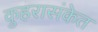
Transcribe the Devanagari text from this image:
कुहरासंकेत